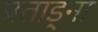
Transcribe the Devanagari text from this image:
प्रताड़्ना